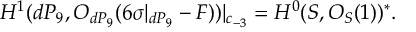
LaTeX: H ^ { 1 } ( d P _ { 9 } , { \cal O } _ { d P _ { 9 } } ( 6 \sigma | _ { d P _ { 9 } } - F ) ) | _ { c _ { - 3 } } = H ^ { 0 } ( { \cal S } , { \cal O } _ { { \cal S } } ( 1 ) ) ^ { * } .